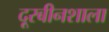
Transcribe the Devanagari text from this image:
दूरबीनशाला